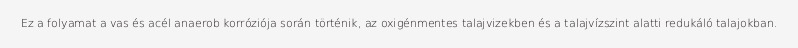
Ez a folyamat a vas és acél anaerob korróziója során történik, az oxigénmentes talajvizekben és a talajvízszint alatti redukáló talajokban.